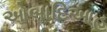
ઓબાદિઆહ